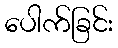
ပေါက်ခြင်း